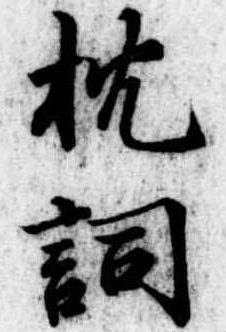
枕詞